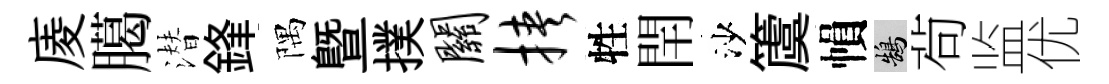
庱臈潜鋒隅暨撲关挟牲閈沙𥵂𢄙鵠茍监优